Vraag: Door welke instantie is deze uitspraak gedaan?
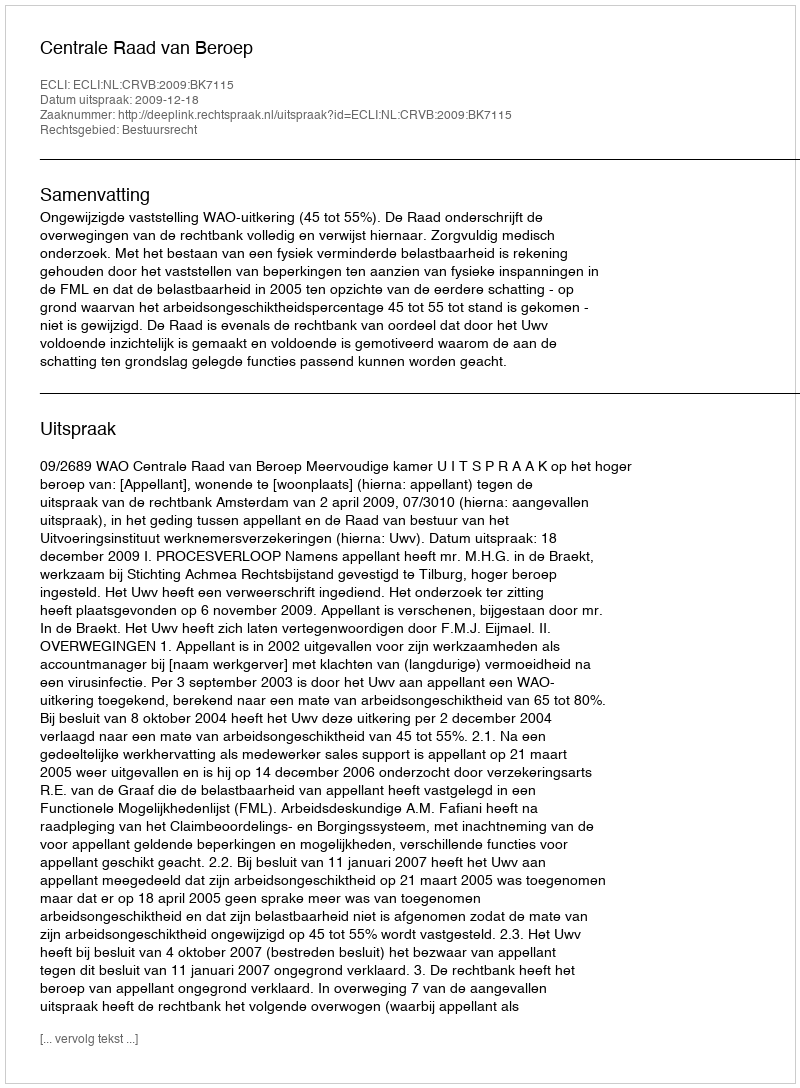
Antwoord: Centrale Raad van Beroep